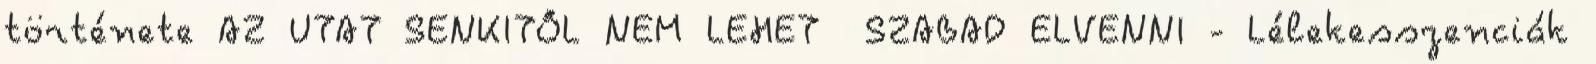
története AZ UTAT SENKITŐL NEM LEHET SZABAD ELVENNI - Lélekesszenciák